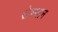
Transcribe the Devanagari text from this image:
रोबथान